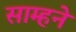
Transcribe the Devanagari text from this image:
साम्हने